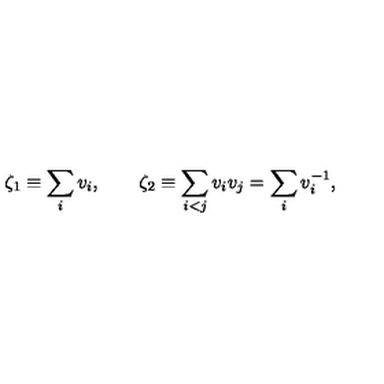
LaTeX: \zeta _ { 1 } \equiv \sum _ { i } v _ { i } , \qquad \zeta _ { 2 } \equiv \sum _ { i < j } v _ { i } v _ { j } = \sum _ { i } v _ { i } ^ { - 1 } ,